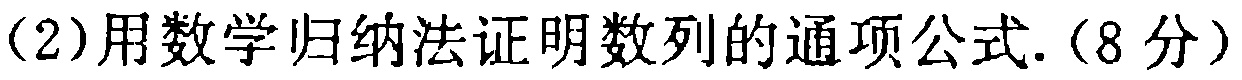
(2)用数学归纳法证明数列的通项公式.(8分)